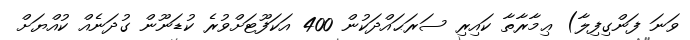
ވަނަ ފަންގިފިލާ) ޢިމާރާތާ ކައިރި ސަރަޙައްދަކުން 400 އަކަފޫޓަށްވުރެ ކުޑަނޫން ގުދަނެއް ކުއްޔަށް